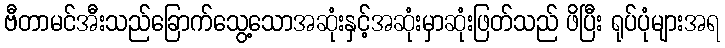
ဗီတာမင်အီးသည်ခြောက်သွေ့သောအဆုံးနှင့်အဆုံးမှာဆုံးဖြတ်သည် ဖိပြီး ရုပ်ပုံများအရ